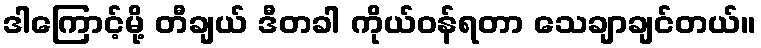
ဒါကြောင့်မို့ တီချယ် ဒီတခါ ကိုယ်ဝန်ရတာ သေချာချင်တယ်။